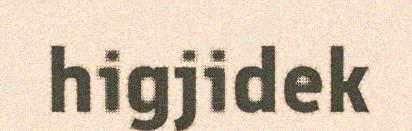
higjidek